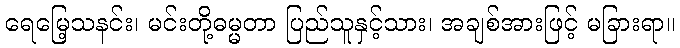
ရေမြေ့သနင်း၊ မင်းတို့ဓမ္မတာ ပြည်သူနှင့်သား၊ အချစ်အားဖြင့် မခြားရာ။